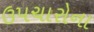
ઉપચારોના